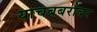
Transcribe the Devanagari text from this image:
याचबबरोबर